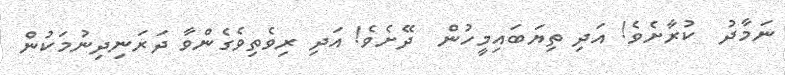
ނަމާދު  ކުރާށެވެ! އަދި ތިޔަބައިމީހުން  ދޭށެވެ! އަދި ރިވެތިވެގެންވާ ދަރަނިދިނުމަކުން